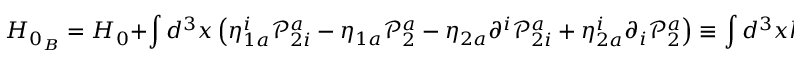
H _ { 0 _ { B } } = H _ { 0 } + \int d ^ { 3 } x \left( \eta _ { 1 a } ^ { i } \mathcal { P } _ { 2 i } ^ { a } - \eta _ { 1 a } \mathcal { P } _ { 2 } ^ { a } - \eta _ { 2 a } \partial ^ { i } \mathcal { P } _ { 2 i } ^ { a } + \eta _ { 2 a } ^ { i } \partial _ { i } \mathcal { P } _ { 2 } ^ { a } \right) \equiv \int d ^ { 3 } x h _ { 0 _ { B } } ,